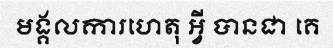
មង្គលការហេតុ អ្វី បានជា គេ